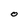
Character: O